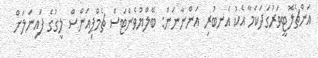
އަންޗެލޮޓީވަރުގަދަކަމާ އެކު އެނބުރި އަންނާނަން: ބޭލްޔުވެންޓަސް ޗެމްޕިއަންސް ލީގުގެ ފައިނަލަށް